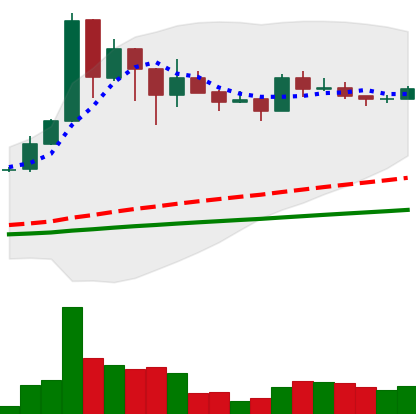
Ticker: BNB-USD
Chart end date: 2021-03-07
Forward return: 9.787%
Label: up_7plus